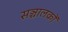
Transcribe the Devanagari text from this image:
सञ्चालकों